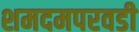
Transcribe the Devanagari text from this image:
शमदमपरवडी